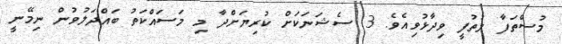
މުސްތަފާ ލުތުފީ ވިދާޅުވިއެވެ. 3 ސެޝަނަކަށް ކުރިޔަށްދާ މި މަސައްކަތު ބައްދަލުވުން ނިމޭނީ